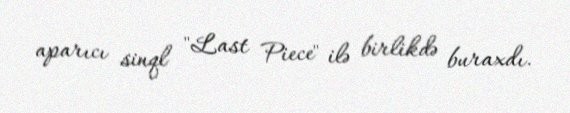
aparıcı sinql "Last Piece" ilə birlikdə buraxdı.